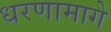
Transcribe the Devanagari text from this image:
धरणामागे